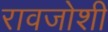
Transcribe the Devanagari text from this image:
रावजोशी